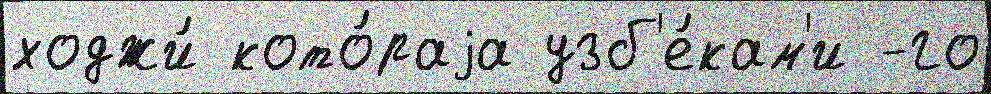
ходжи́ кото́раjа узб'е́кам'и -го